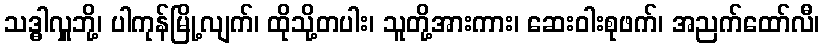
သဒ္ဓါလှူဘို့၊ ပါကုန်မြို့လျက်၊ ထိုသို့တပါး၊ သူတို့အားကား၊ ဆေးဝါးစုဖက်၊ အညက်ထော်လီ၊